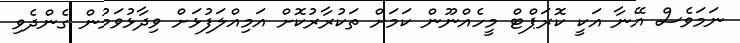
ނަމަވެސް އޭނާ އަކީ ކޮރަޕްޓް މީހެއްނޫން ކަމަށް ތަކުރާރުކޮށް އަމިއްލަފުޅަށް ވިދާޅުވަމުން ގެންދެވި